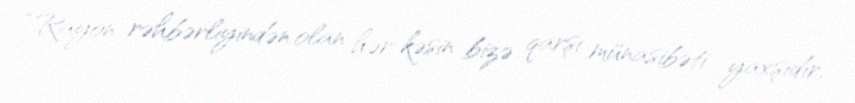
“Rayon rəhbərliyindən olan hər kəsin bizə qarşı münasibəti yaxşıdır,